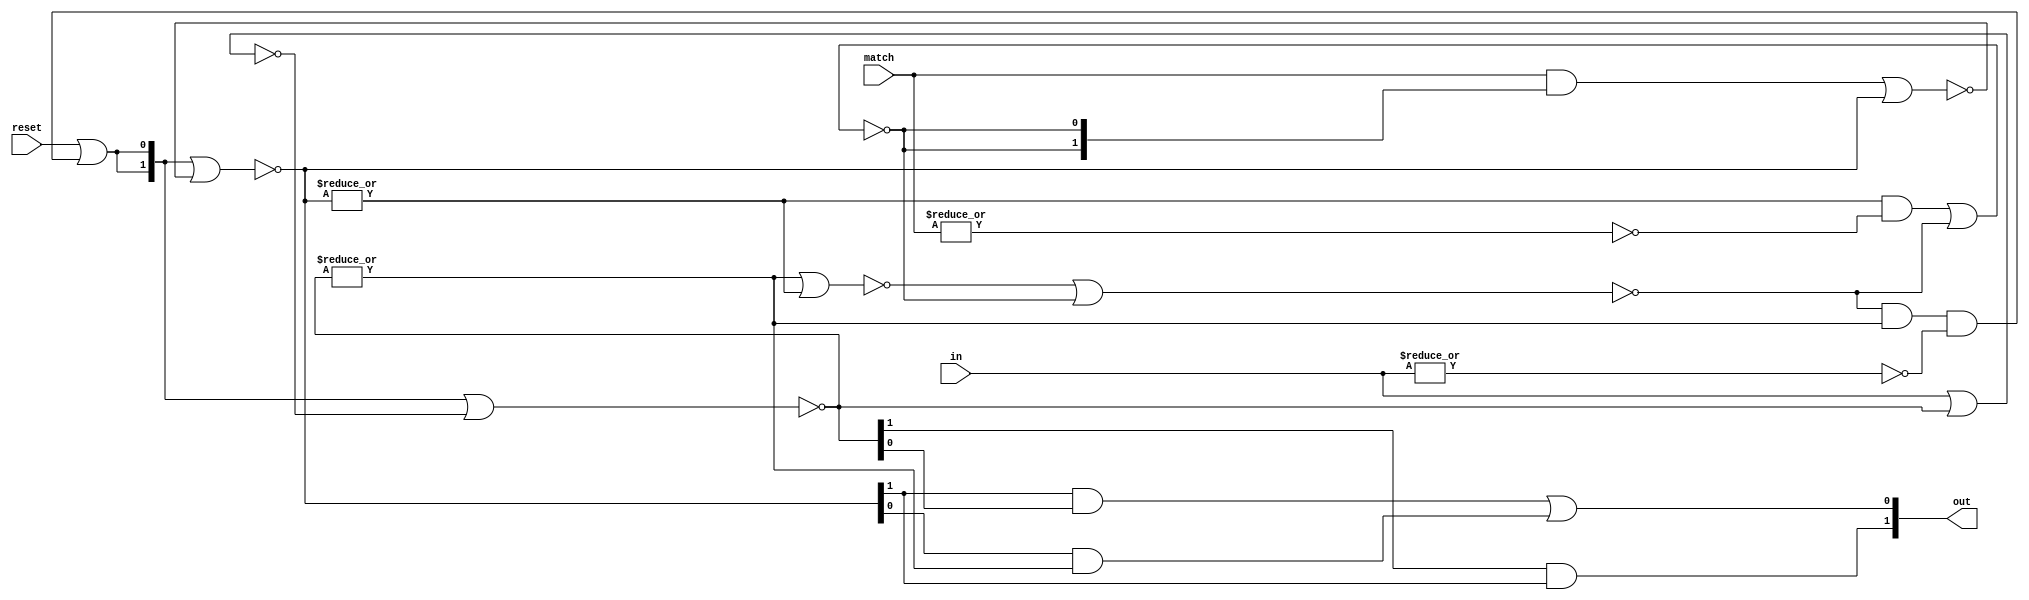
// SPDX-FileCopyrightText: Copyright 2020 Jecel Mattos de Assumpcao Jr
// 
// SPDX-License-Identifier: Apache-2.0 
// 
// Licensed under the Apache License, Version 2.0 (the "License");
// you may not use this file except in compliance with the License.
// You may obtain a copy of the License at
// 
//     https://www.apache.org/licenses/LICENSE-2.0
// 
// Unless required by applicable law or agreed to in writing, software
// distributed under the License is distributed on an "AS IS" BASIS,
// WITHOUT WARRANTIES OR CONDITIONS OF ANY KIND, either express or implied.
// See the License for the specific language governing permissions and
// limitations under the License.


// These are the building blocks for Morphle Logic, an asynchronous
// runtime reconfigurable array (ARRA).
//
// This variation uses a 4 bit wide configuration path instead of 1 bit

// many signals are two bit busses
`define Vempty 0
`define V0     1
`define V1     2
// the combination 3 is not defined

// this asynchronous finite state machine is the basic building block
// of Morphle Logic. It explicitly defines 5 simple latches that
// directly change when their inputs do, so there is no clock anywhere

module ycfsm (
    input reset,
    input [1:0] in,
    input [1:0] match,
    output [1:0] out);
    
    wire [1:0] lin;
    wire [1:0] nlin;
    wire [1:0] lmatch;
    wire [1:0] nlmatch;
    wire lmempty;
    wire nlmempty;
        
    wire linval    =| lin; // lin != `Vempty;
    wire inval     =| in; // in != `Vempty;
    wire lmatchval =| lmatch; // lmatch != `Vempty;
    wire matchval  =| match; // match != `Vempty;

    wire clear;    
    assign #1 clear = reset | (lmempty & linval & ~inval);
    wire [1:0] clear2 = {clear,clear};
    
    // two bit latches
    assign #1 lin = ~(clear2 | nlin);
    assign #1 nlin = ~(in | lin);
    
    assign #1 lmatch = ~(clear2 | nlmatch);
    assign #1 nlmatch = ~((match & {nlmempty,nlmempty}) | lmatch);
    
    // one bit latch
    assign #1 lmempty = ~(~(linval | lmatchval) | nlmempty);
    assign #1 nlmempty = ~((lmatchval & ~matchval) | lmempty);
    
    // forward the result of combining match and in
    assign out[1] = lin[1] & lmatch[1];
    assign out[0] = (lmatch[1] & lin[0]) | (lmatch[0] & linval);
    
endmodule

// each "yellow cell" in Morphle Logic can be configured to one of eight
// different options. This circuit saves the 4 bits of the configuration
// and outputs the control circuit the rest of the cell needs
// cnfg[3:2] is the vertical and cnfg[1:0] horizontal configurations
// 0000 .
// 1111 +
// 0011 -
// 1100 |
// 1110 1
// 1101 0
// 1011 Y
// 0111 N

module ycconfig (
       input confclk,
       input [3:0] cbitin,
       output [3:0] cbitout,
       output empty,
       output hblock, hbypass, hmatch0, hmatch1,
       output vblock, vbypass, vmatch0, vmatch1);
              
       reg [3:0] cnfg;
       always @(posedge confclk) cnfg = cbitin;
       assign cbitout = cnfg;  // shifted to next cell
       
       assign empty = cnfg == 4'b000;

       assign hblock = cnfg[1:0] == 2'b00;
       assign hbypass = cnfg[1:0] == 2'b11;
       assign hmatch0 = cnfg[0];
       assign hmatch1 = cnfg[1];

       assign vblock = cnfg[3:2] == 2'b00;
       assign vbypass = cnfg[3:2] == 2'b11;
       assign vmatch0 = cnfg[2];
       assign vmatch1 = cnfg[3];
       
       
endmodule

// this is the heart of Morphle Logic. It is called the "yellow cell" because
// of the first few illustrations of how it would work, with "red cells" being
// where the inputs and outputs connect to the network. Each yellow cell
// connects to four neighbors, labelled U (up), D (down), L (left) and R (right)
//
// Each cell receives its configuration bits from U and passes them on to D
//
// Values are indicated by a pair of wires, where 00 indicates empty, 01 a
// 0 value and 10 indicates a 1 value. The combination 11 should never appear
//
// Vertical signals are implemented by a pair of pairs, one of which goes
// from U to D and the second goes D to U. The first pair is the accumulated
// partial results from several cells while the second is the final result
// Horizontal signals also have a L to R pair for partial results and a R to L
// pair for final results

module ycell(
`ifdef USE_POWER_PINS
    inout vccd1,	// User area 1 1.8V supply
    inout vssd1,	// User area 1 digital ground
`endif
  // control
  input reset,    // freezes the cell operations and clears everything
  output reseto,  // pass through to help routing
  input confclk,   // a strobe to enter one configuration bit
  output confclko,
  input [3:0] cbitin,   // new configuration bit from previous cell (U)
  output [3:0] cbitout, // configuration bit to next cell (D)
  output hempty,  // this cell interrupts horizontal signals
  output hempty2,
  output vempty,  // this cell interrupts vertical signals
  output vempty2,
  // UP
  input uempty,    // cell U is empty, so we are the topmost of a signal
  input [1:0] uin,
  output [1:0] uout,
  // DOWN
  input dempty,    // cell D is empty, so we are the bottommost of a signal
  input [1:0] din,
  output [1:0] dout,
  // LEFT
  input lempty,    // cell L is empty, so we are the leftmost of a signal
  input [1:0] lin,
  output [1:0] lout,
  // RIGHT
  input rempty,    // cell D is empty, so we are the rightmost of a signal
  input [1:0] rin,
  output [1:0] rout);
  
  // bypass to pins on opposite side of the circuit (could add buffers?)
  assign reseto = reset;
  assign confclko = confclk;
  assign hempty2 = hempty;
  assign vempty2 = vempty;
  
  // configuration signals decoded
  wire empty;
  wire hblock, hbypass, hmatch0, hmatch1;
  wire vblock, vbypass, vmatch0, vmatch1;
  ycconfig cfg (.confclk(confclk), .cbitin(cbitin), .cbitout(cbitout),
                 .empty(empty),
                 .hblock(hblock), .hbypass(hbypass), .hmatch0(hmatch0), .hmatch1(hmatch1),
                 .vblock(vblock), .vbypass(vbypass), .vmatch0(vmatch0), .vmatch1(vmatch1));
                 
  assign hempty = empty | hblock;
  wire hreset = reset | hblock; // perhaps "| hbypass" to save energy?
  wire [1:0] hin;
  wire [1:0] hout;
  wire [1:0] hback;

  assign vempty = empty | vblock;
  wire vreset = reset | vblock;
  wire [1:0] vin;
  wire [1:0] vout;
  wire [1:0] vback;

  wire [1:0] hmatch = {(vback[1]&vmatch1)|(vback[0]&vmatch0),(vback[1]&~vmatch1&vmatch0)|(vback[0]&~vmatch0&vmatch1)};
  ycfsm hfsm (.reset(hreset), .in(hin), .match(hmatch), .out(hout));
  wire [1:0] bhout = hbypass ? hin : hout;
  assign rout = bhout;
  assign #1 hin = lempty ? {~hreset&(~(hback[1]|hback[1'b0])),1'b0} : lin; // no oscillation on reset
  assign hback = (rempty | hempty) ? bhout : rin; // don't propagate when rightmost or empty
  assign lout = hback;
  
  wire [1:0] vmatch = {(hback[1]&hmatch1)|(hback[0]&hmatch0),(hback[1]&~hmatch1&hmatch0)|(hback[0]&~hmatch0&hmatch1)};
  ycfsm vfsm (.reset(vreset), .in(vin), .match(vmatch), .out(vout));
  wire [1:0] bvout = vbypass ? vin : vout;
  assign dout = bvout;
  assign #1 vin = uempty ? {~vreset&(~(vback[1]|vback[1'b0])),1'b0} : uin; // no oscillation on reset
  assign vback = (dempty | vempty) ? bvout : din; // don't propagate when bottommost or empty
  assign uout = vback;

endmodule